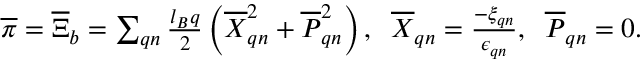
\begin{array} { r } { \overline { { \boldsymbol { \pi } } } = \overline { { \boldsymbol { \Xi } } } _ { b } = \sum _ { \boldsymbol { q } n } \frac { l _ { B } \boldsymbol { q } } { 2 } \left( \overline { { X } } _ { \boldsymbol { q } n } ^ { 2 } + \overline { { P } } _ { \boldsymbol { q } n } ^ { 2 } \right) , \; \; \overline { { X } } _ { \boldsymbol { q } n } = \frac { - \xi _ { \boldsymbol { q } n } } { \epsilon _ { \boldsymbol { q } n } } , \; \; \overline { { P } } _ { \boldsymbol { q } n } = 0 . } \end{array}